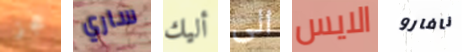
عجز ساري أليك الى الايس نافارو